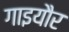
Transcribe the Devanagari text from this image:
गाइयौर